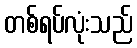
တစ်ရပ်လုံးသည်